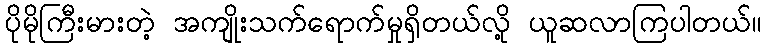
ပိုမိုကြီးမားတဲ့ အကျိုးသက်ရောက်မှုရှိတယ်လို့ ယူဆလာကြပါတယ်။